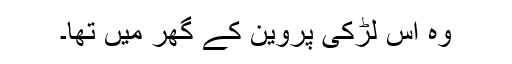
وہ اس لڑکی پروین کے گھر میں تھا۔